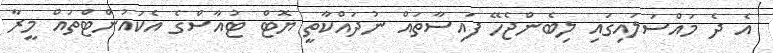
އެ ދެ މައްސަލައިގައި ލިބެންޖެހޭ ފައިސާތައް ނުދައްކާތީ ޔޮޓް ޓުއާސްގެ އެކައުންޓްތައް މީރާ